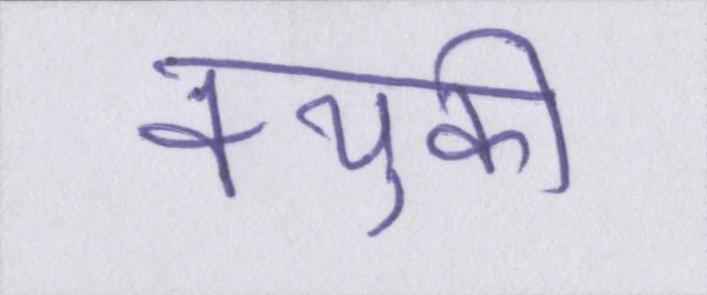
क्युकी